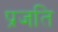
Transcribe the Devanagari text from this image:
प्रजति